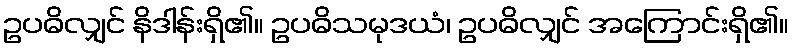
ဥပဓိလျှင် နိဒါန်းရှိ၏။ ဥပဓိသမုဒယံ၊ ဥပဓိလျှင် အကြောင်းရှိ၏။